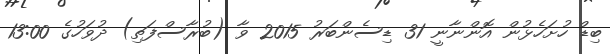
ބިޑް ހުށަހެޅުން އޮންނާނީ 31 ޑިސެންބަރު 2015 ވާ (ބުރާސްފަތި) ދުވަހުގެ 13:00